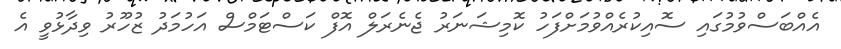
އެއްބަސްވުމުގައި ސޮއިކުރެއްވުމަށްފަހު ކޮމިޝަނަރު ޖެނެރަލް އޮފް ކަސްޓަމްސް އަހުމަދު ޒުހޫރު ވިދާޅުވީ އެ